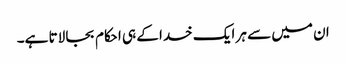
ان میں سے ہر ایک خدا کے ہی احکام بجا لاتا ہے۔